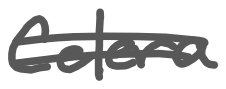
Text: Celera
Cross-out: double-line
Writing tool: digital_gray